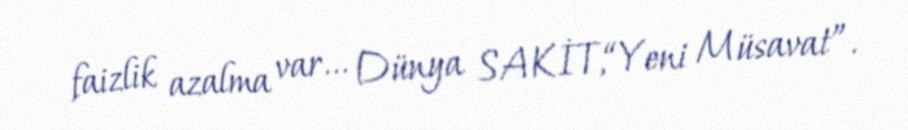
faizlik azalma var... Dünya SAKİT,“Yeni Müsavat”.